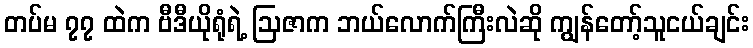
တပ်မ ၇၇ ထဲက ဗီဒီယိုရုံရဲ့ ဩဇာက ဘယ်လောက်ကြီးလဲဆို ကျွန်တော့်သူငယ်ချင်း